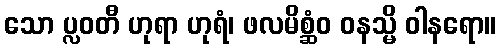
သော ပ္လဝတီ ဟုရာ ဟုရံ၊ ဖလမိစ္ဆံဝ ဝနသ္မိ ဝါနရော။